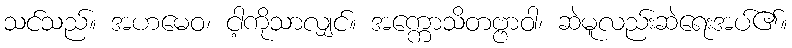
သင်သည်။ အဟမေဝ၊ ငါ့ကိုသာလျှင်။ အက္ကောသိတဗ္ဗာဝါ၊ ဆဲမူလည်းဆဲရေးအပ်၏။